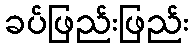
ခပ်ဖြည်းဖြည်း